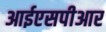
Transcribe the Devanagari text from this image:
आईएसपीआर